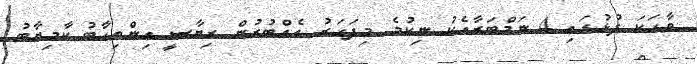
ވާހަކަ ފުޅުގައި 4 ނަމްބަރާއެކު ނިކުމެ މިފަހަރު އެއްބުރުން ރިޔާސީ އިންތިހާބު ކާމިޔާބު